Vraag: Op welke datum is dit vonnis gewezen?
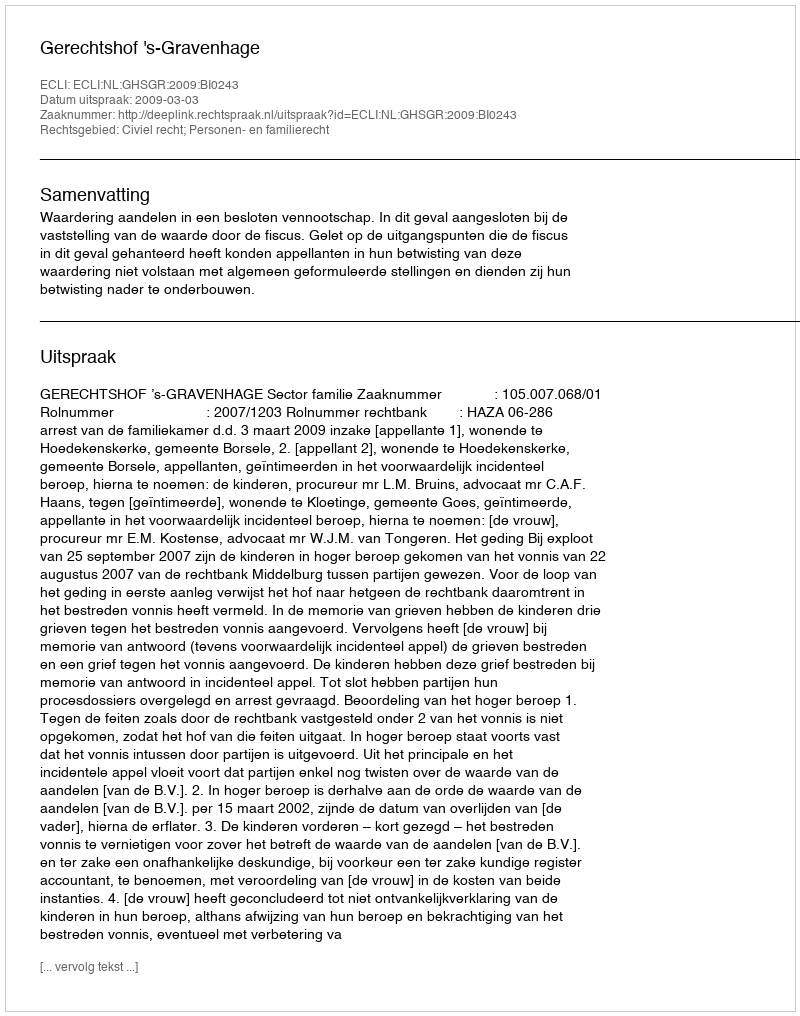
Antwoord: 2009-03-03